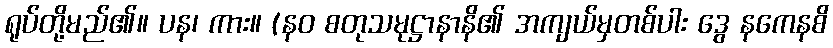
ရုပ်တို့မည်၏။ ပန၊ ကား။ (နဝ စတုသမုဋ္ဌာနာနိ၏ အကျယ်မှတစ်ပါး ဒွေ နကေနစိ